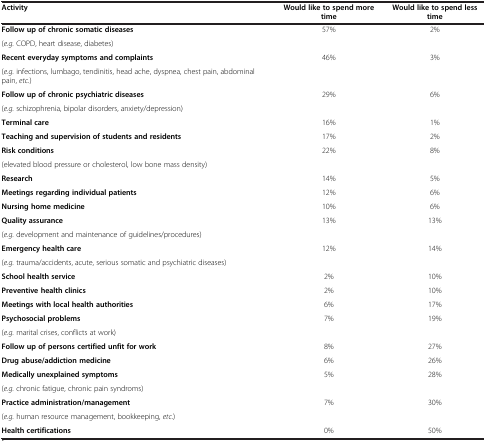
<table><thead><tr><td><b>Activity</b></td><td><b>Would like to spend more time</b></td><td><b>Would like to spend less time</b></td></tr></thead><tbody><tr><td><b>Follow up of chronic somatic diseases</b></td><td rowspan="2">57%</td><td rowspan="2">2%</td></tr><tr><td>(<i>e.g. </i>COPD, heart disease, diabetes)</td></tr><tr><td><b>Recent everyday symptoms and complaints</b></td><td rowspan="2">46%</td><td rowspan="2">3%</td></tr><tr><td>(<i>e.g. </i>infections, lumbago, tendinitis, head ache, dyspnea, chest pain, abdominal pain, <i>etc.</i>)</td></tr><tr><td><b>Follow up of chronic psychiatric diseases</b></td><td rowspan="2">29%</td><td rowspan="2">6%</td></tr><tr><td>(<i>e.g. </i>schizophrenia, bipolar disorders, anxiety/depression)</td></tr><tr><td><b>Terminal care</b></td><td>16%</td><td>1%</td></tr><tr><td><b>Teaching and supervision of students and residents</b></td><td>17%</td><td>2%</td></tr><tr><td><b>Risk conditions</b></td><td rowspan="2">22%</td><td rowspan="2">8%</td></tr><tr><td>(elevated blood pressure or cholesterol, low bone mass density)</td></tr><tr><td><b>Research</b></td><td>14%</td><td>5%</td></tr><tr><td><b>Meetings regarding individual patients</b></td><td>12%</td><td>6%</td></tr><tr><td><b>Nursing home medicine</b></td><td>10%</td><td>6%</td></tr><tr><td><b>Quality assurance</b></td><td rowspan="2">13%</td><td rowspan="2">13%</td></tr><tr><td>(<i>e.g. </i>development and maintenance of guidelines/procedures)</td></tr><tr><td><b>Emergency health care</b></td><td rowspan="2">12%</td><td rowspan="2">14%</td></tr><tr><td>(<i>e.g.</i> trauma/accidents, acute, serious somatic and psychiatric diseases)</td></tr><tr><td><b>School health service</b></td><td>2%</td><td>10%</td></tr><tr><td><b>Preventive health clinics</b></td><td>2%</td><td>10%</td></tr><tr><td><b>Meetings with local health authorities</b></td><td>6%</td><td>17%</td></tr><tr><td><b>Psychosocial problems</b></td><td rowspan="2">7%</td><td rowspan="2">19%</td></tr><tr><td>(<i>e.g. </i>marital crises, conflicts at work)</td></tr><tr><td><b>Follow up of persons certified unfit for work</b></td><td>8%</td><td>27%</td></tr><tr><td><b>Drug abuse/addiction medicine</b></td><td>6%</td><td>26%</td></tr><tr><td><b>Medically unexplained symptoms</b></td><td rowspan="2">5%</td><td rowspan="2">28%</td></tr><tr><td>(<i>e.g. </i>chronic fatigue, chronic pain syndroms)</td></tr><tr><td><b>Practice administration/management</b></td><td rowspan="2">7%</td><td rowspan="2">30%</td></tr><tr><td>(<i>e.g. </i>human resource management, bookkeeping, <i>etc.</i>)</td></tr><tr><td><b>Health certifications</b></td><td>0%</td><td>50%</td></tr></tbody></table>